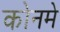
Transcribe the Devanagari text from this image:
कोनमे